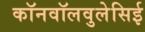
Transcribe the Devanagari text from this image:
कॉनवॉलवुलेसिई